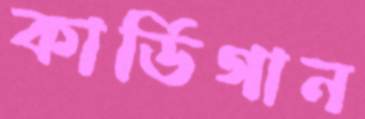
কার্ডিগান